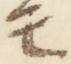
モ